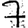
Digit: 7